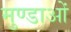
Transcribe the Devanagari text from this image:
मुण्डाओं